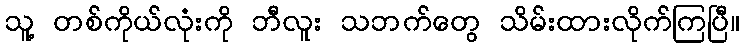
သူ့ တစ်ကိုယ်လုံးကို ဘီလူး သဘက်တွေ သိမ်းထားလိုက်ကြပြီ။